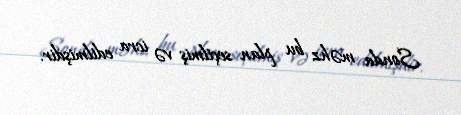
Sonda məhz bu plan seçilmiş və icra edilmişdir.